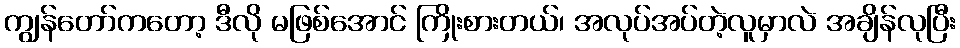
ကျွန်တော်ကတော့ ဒီလို မဖြစ်အောင် ကြိုးစားတယ်၊ အလုပ်အပ်တဲ့လူမှာလဲ အချိန်လုပြီး